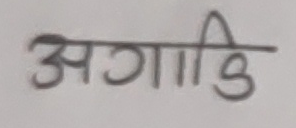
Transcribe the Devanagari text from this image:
अगाडि